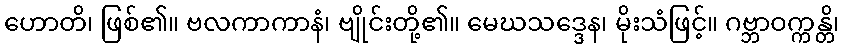
ဟောတိ၊ ဖြစ်၏။ ဗလကာကာနံ၊ ဗျိုင်းတို့၏။ မေဃသဒ္ဒေန၊ မိုးသံဖြင့်။ ဂဗ္ဘာဝက္ကန္တိ၊